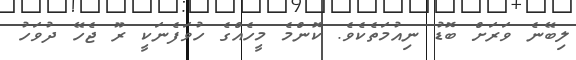
ލިބޭނެ ވަރަށް ބޮޑު ނިއުމަތެކެވެ. ކޮންމެ މީހެއްގެ ހުވަފެނަކީ ރޫ ޖެހޭ ދުވަހު